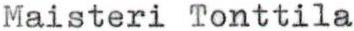
Maisteri Tonttila